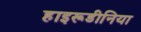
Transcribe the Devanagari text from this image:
हाइरूडीनिया